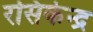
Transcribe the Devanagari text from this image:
रसिकेन्द्र